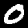
Digit: 0